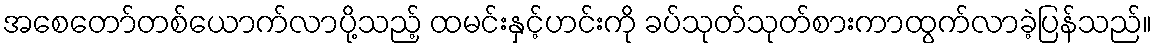
အစေတော်တစ်ယောက်လာပို့သည့် ထမင်းနှင့်ဟင်းကို ခပ်သုတ်သုတ်စားကာထွက်လာခဲ့ပြန်သည်။